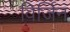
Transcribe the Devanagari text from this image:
विर्जिन